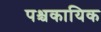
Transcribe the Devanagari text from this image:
पश्चकायिक